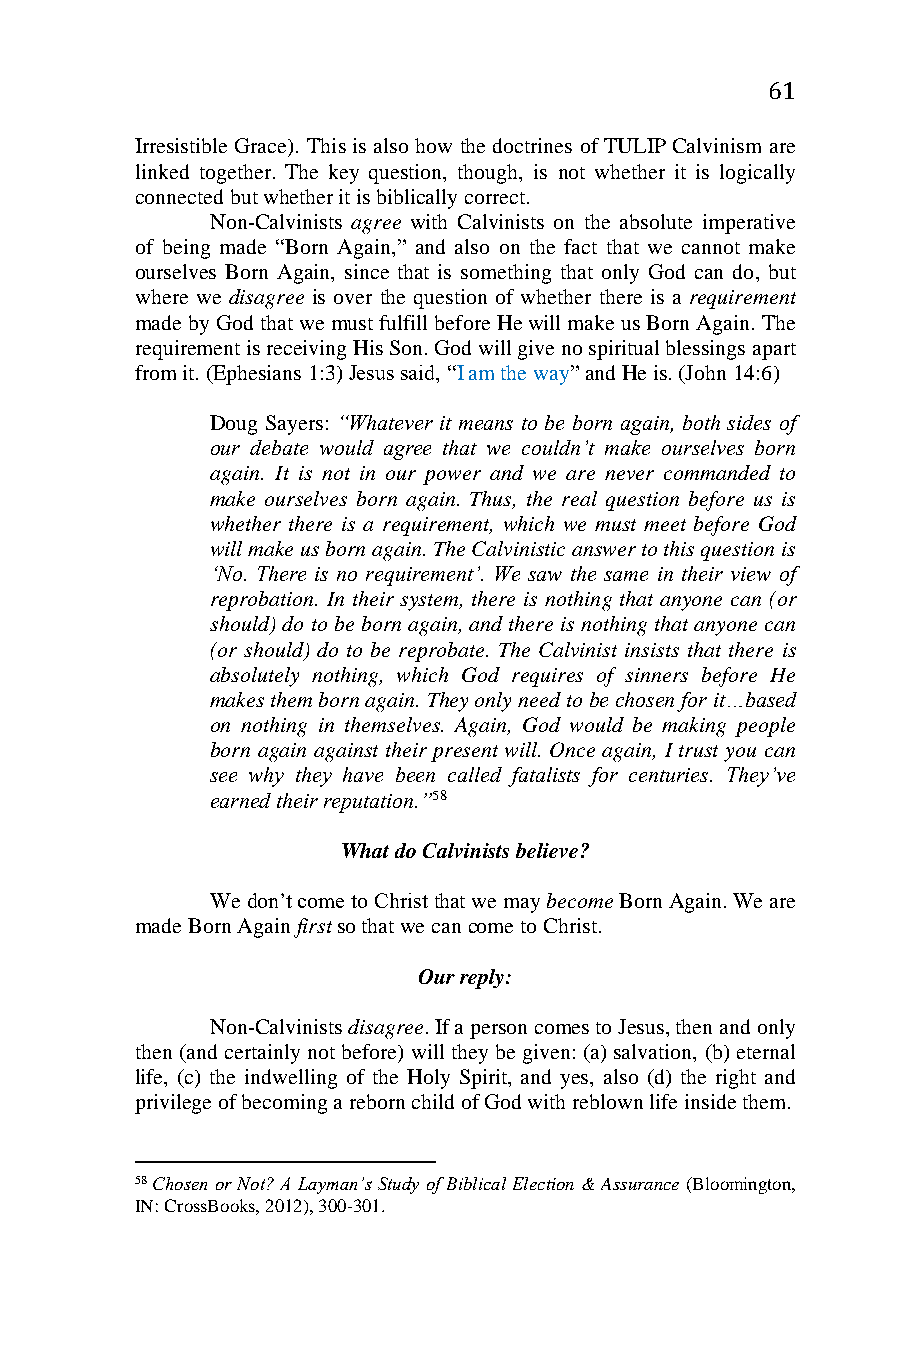
61
 Irresistible Grace). This is also how the doctrines of TULIP Calvinism are
 linked together. The key question, though, is not whether it is logically
 connected but whether it is biblically correct.
 Non-Calvinists agree with Calvinists on the absolute imperative
 of being made “Born Again,” and also on the fact that we cannot make
 ourselves Born Again, since that is something that only God can do, but
 where we disagree is over the question of whether there is a requirement
 made by God that we must fulfill before He will make us Born Again. The
 requirement is receiving His Son. God will give no spiritual blessings apart
 from it. (Ephesians 1:3) Jesus said, “I am the way” and He is. (John 14:6)
 Doug Sayers: “Whatever it means to be born again, both sides of
 our debate would agree that we couldn’t make ourselves born
 again. It is not in our power and we are never commanded to
 make ourselves born again. Thus, the real question before us is
 whether there is a requirement, which we must meet before God
 will make us born again. The Calvinistic answer to this question is
 ‘No. There is no requirement’. We saw the same in their view of
 reprobation. In their system, there is nothing that anyone can (or
 should) do to be born again, and there is nothing that anyone can
 (or should) do to be reprobate. The Calvinist insists that there is
 absolutely nothing, which God requires of sinners before He
 makes them born again. They only need to be chosen for it…based
 on nothing in themselves. Again, God would be making people
 born again against their present will. Once again, I trust you can
 see why they have been called fatalists for centuries. They’ve
 earned their reputation.”58
 What do Calvinists believe?
 We don’t come to Christ that we may become Born Again. We are
 made Born Again first so that we can come to Christ.
 Our reply:
 Non-Calvinists disagree. If a person comes to Jesus, then and only
 then (and certainly not before) will they be given: (a) salvation, (b) eternal
 life, (c) the indwelling of the Holy Spirit, and yes, also (d) the right and
 privilege of becoming a reborn child of God with reblown life inside them.
 58 Chosen or Not? A Layman’s Study of Biblical Election & Assurance (Bloomington,
 IN: CrossBooks, 2012), 300-301.